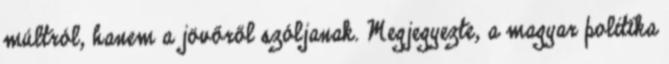
múltról, hanem a jövőről szóljanak. Megjegyezte, a magyar politika